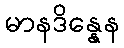
မာနဒိန္နေန